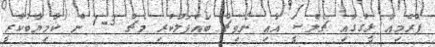
ޕްރެމިއާ ލީގުގައި ޗެލްސީ އާއި ނޯވިޗް ބައްދަލުކުރި މެޗް 3-1 ން ކާމިޔާބުކުރީ